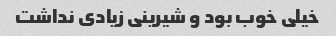
خیلی خوب بود و شیرینی زیادی نداشت